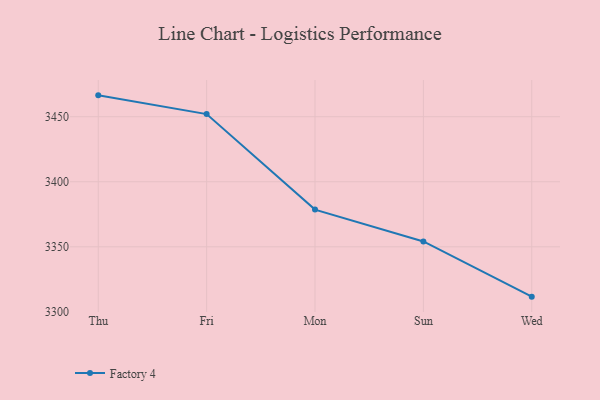
{"axis": {"x": "Day", "y": "Humidity (%)"}, "legend": ["Factory 4"], "data": [{"x": "Thu", "y": 3466.4, "type": "Factory 4"}, {"x": "Fri", "y": 3452.0, "type": "Factory 4"}, {"x": "Mon", "y": 3378.6, "type": "Factory 4"}, {"x": "Sun", "y": 3354.1, "type": "Factory 4"}, {"x": "Wed", "y": 3311.7, "type": "Factory 4"}]}